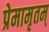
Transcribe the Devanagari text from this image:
प्रेमामृतम्